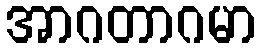
အာဂတာဂမာ